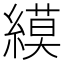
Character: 縸